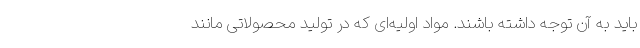
باید به آن توجه داشته باشند. مواد اولیه‌ای که در تولید محصولاتی مانند